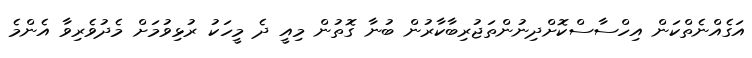
އަގެއްނެތްކަން އިހްސާސްކޮށްދިނުންތަޖުރިބާކާރުން ބުނާ ގޮތުން މިއީ ދެ މީހަކު ރުޅިވުމަށް މެދުވެރިވާ އެންމެ